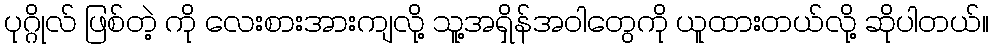
ပုဂ္ဂိုလ် ဖြစ်တဲ့ ကို လေးစားအားကျလို့ သူ့အရှိန်အဝါတွေကို ယူထားတယ်လို့ ဆိုပါတယ်။